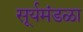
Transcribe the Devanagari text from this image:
सूर्यमंडळा